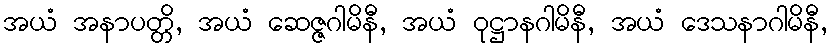
အယံ အနာပတ္တိ, အယံ ဆေဇ္ဇဂါမိနီ, အယံ ဝုဋ္ဌာနဂါမိနီ, အယံ ဒေသနာဂါမိနီ,